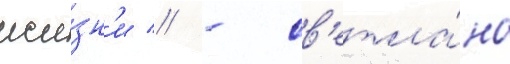
жи́зн'и // - св'етла́на